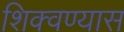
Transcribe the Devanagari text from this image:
शिक्वण्यास